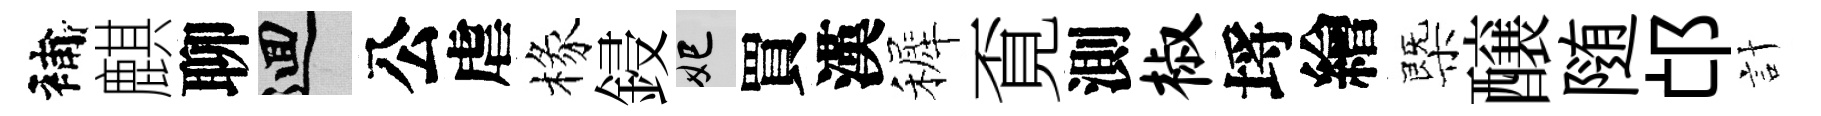
補麒聊回公虐椽鋟妃買漢裤覔測椒埓繪㮣醸随邙計